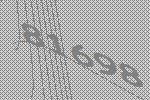
81698